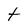
Character: t